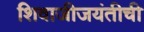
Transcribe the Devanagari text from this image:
शिवाजीजयंतीची